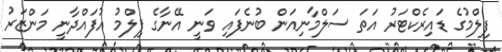
ފިލްމުގެ ޑައިރެކްޓަރު އަތަ ސަލްމާނިއަން ބުނެފައި ވަނީ އޭނާގެ ފިލްމު އުފައްދާނީ މަންޒަރު